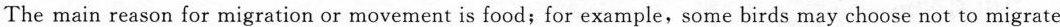
The main reason for migration or movement is food;for example,some birds may choose not to migrate